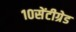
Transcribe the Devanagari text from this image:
१०सेंटीग्रेड